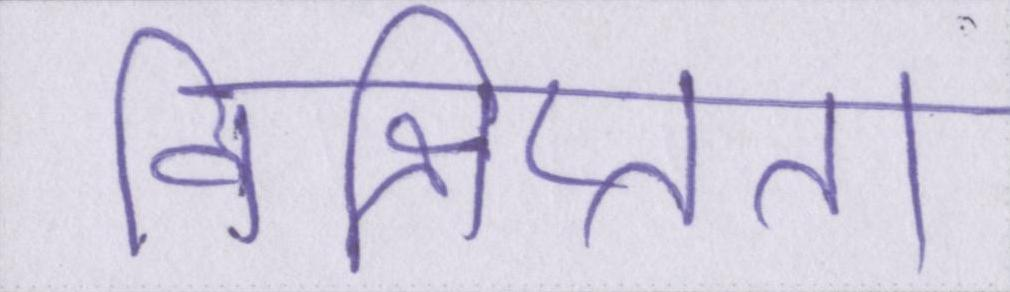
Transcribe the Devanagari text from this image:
विक्षिप्तता